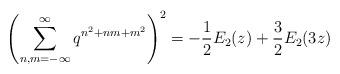
LaTeX: \begin{align*}\left(\sum^{\infty}_{n,m=-\infty}q^{n^2+nm+m^2}\right)^2=-\frac{1}{2}E_{2}(z)+\frac{3}{2}E_2(3z)\end{align*}